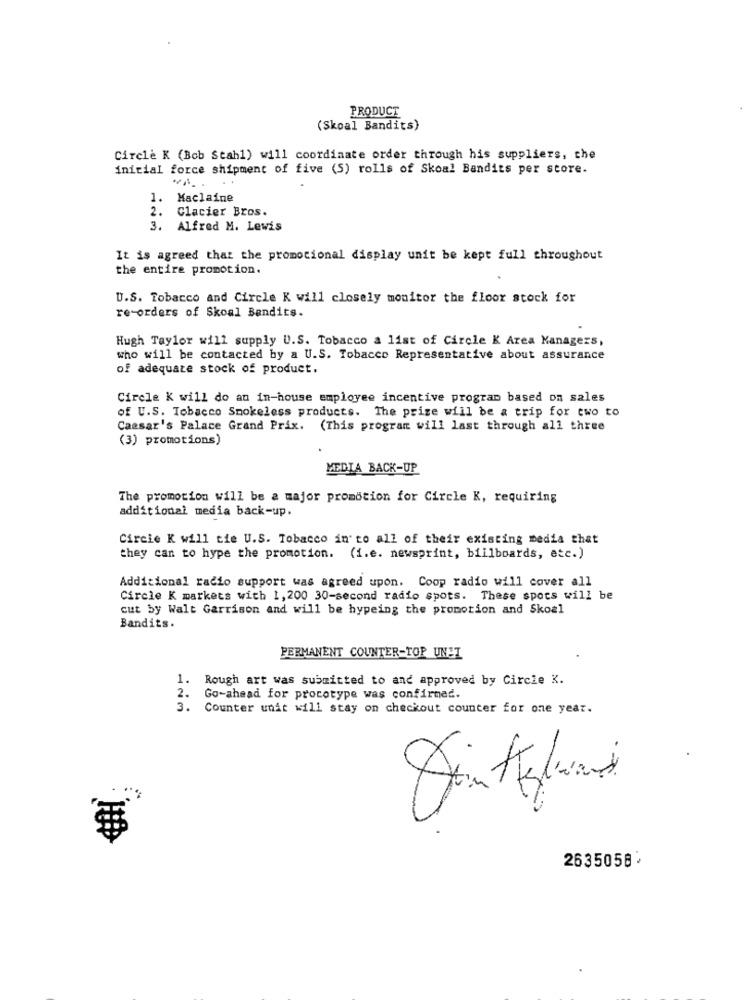
PRODUCT
(Skoal Bandits)
Circle K (Bob Stahl) will coordinate order through his suppliers, the
initial force shipment of five (S) rolls of Skoal Bandits per store.
1.
Maclaine
2.
Clacier Bros.
3. Alfred M. Lewis
It is agreed that the promocional display unit be kept full throughout
the entire promotion.
U.S. Tobacco and Circle K will closely monitor the floor stock for
re-orders of Skoal Bandits.
Hugh Taylor will supply U.S. Tobacco a list of Circle K Area Managers,
who will be contacted by a U.S. Tobacco Representative about assurance
of adequate stock of product.
Circle K will do an in-house employee incentive program based on sales
of U.S. Tobacco Smokeless products. The prize will be a trip for two to
Caesar's Palace Grand Prix. (This program will last through all three
(3) promotions)
MEDIA BACK-UP
The promotion will be a major promotion for Circle K, requiring
additional media back-up.
Circle K will tie U.S. Tobacco in' to all of their existing media that
they can to hype the promotion. (i.e. newsprint, billboards, etc.)
Additional racio support was agreed upon. Coop radio will cover all
Circle K markets with 1, 200 30-second radio spots. These spots will be
cut by Walt Garrison and will be hypeing the promotion and Skoal
Bandits.
PERMANENT COUNTER-TOP UNIT
1. Rough art was submitted to and approved by Circle K.
2. Go-ahead for procotype was confirmed.
3. Counter unit will stay on checkout counter for one year.
$
2635058